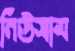
নিউসাম